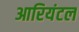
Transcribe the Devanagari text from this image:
आरियंटल